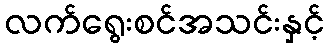
လက်ရွေးစင်အသင်းနှင့်